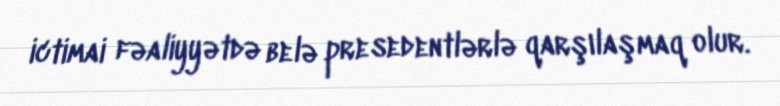
ictimai fəaliyyətdə belə presedentlərlə qarşılaşmaq olur.